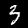
Digit: 3